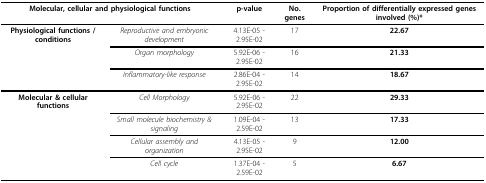
| <COLSPAN=2> Molecular, cellular and physiological functions | p-value | No. genes | Proportion of differentially expressed genes involved (%)* |
 | --- | --- | --- | --- | --- |
 | Physiological functions / conditions | Reproductive and embryonic development | 4.13E-05 - 2.95E-02 | 17 | 22.67 |
 |  | Organ morphology | 5.92E-06 - 2.95E-02 | 16 | 21.33 |
 |  | Inflammatory-like response | 2.86E-04 - 2.95E-02 | 14 | 18.67 |
 | Molecular & cellular functions | Cell Morphology | 5.92E-06 - 2.95E-02 | 22 | 29.33 |
 |  | Small molecule biochemistry & signaling | 1.09E-04 - 2.59E-02 | 13 | 17.33 |
 |  | Cellular assembly and organization | 4.13E-05 - 2.95E-02 | 9 | 12.00 |
 |  | Cell cycle | 1.37E-04 - 2.59E-02 | 5 | 6.67 |